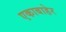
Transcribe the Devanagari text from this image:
एकाबाहेर